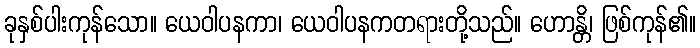
ခုနှစ်ပါးကုန်သော။ ယေဝါပနကာ၊ ယေဝါပနကတရားတို့သည်။ ဟောန္တိ၊ ဖြစ်ကုန်၏။